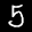
Label: 5